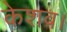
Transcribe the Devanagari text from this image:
केशव।